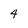
Character: 4